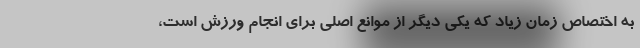
به اختصاص زمان زیاد که یکی دیگر از موانع اصلی برای انجام ورزش است،